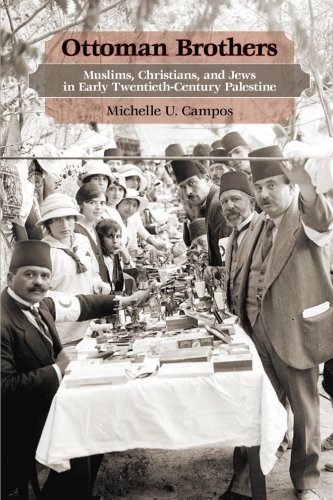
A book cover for Ottoman Brothers: Muslims, Christians, and Jews in Early Twentieth-Century Palestine; Michelle Campos; History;